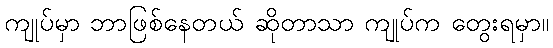
ကျုပ်မှာ ဘာဖြစ်နေတယ် ဆိုတာသာ ကျုပ်က တွေးရမှာ။